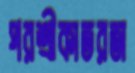
পরশ্রীকাতরতা